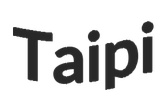
Taipi